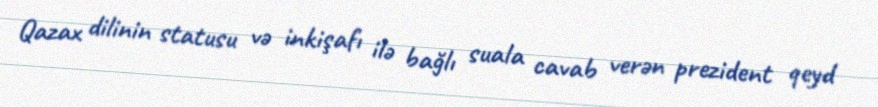
Qazax dilinin statusu və inkişafı ilə bağlı suala cavab verən prezident qeyd